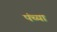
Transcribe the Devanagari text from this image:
पंच्या